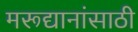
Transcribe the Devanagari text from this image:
मरूद्यानांसाठी